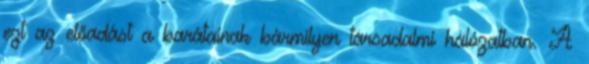
ezt az előadást a barátainak bármilyen társadalmi hálózatban. A